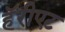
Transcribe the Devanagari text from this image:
हॅरीएट